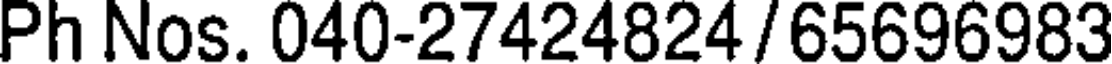
Ph Nos. 040-27424824/65696983